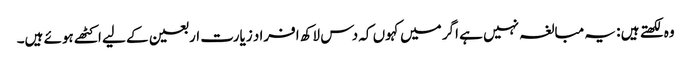
وہ لکھتے ہیں : یہ مبالغہ نہیں ہے اگر میں کہوں کہ دس لاکھ افراد زیارت اربعین کے لیے اکٹھے ہوئے ہیں۔